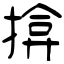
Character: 揜